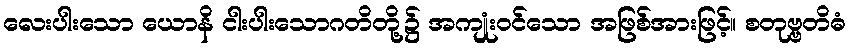
လေးပါးသော ယောနိ ငါးပါးသောဂတိတို့၌ အကျုံးဝင်သော အဖြစ်အားဖြင့်။ စတုဗ္ဗတိဓံ